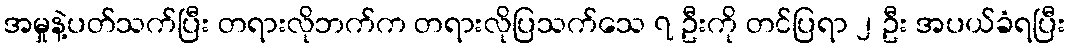
အမှုနဲ့ပတ်သက်ပြီး တရားလိုဘက်က တရားလိုပြသက်သေ ၇ ဦးကို တင်ပြရာ ၂ ဦး အပယ်ခံရပြီး